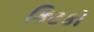
કિટકો